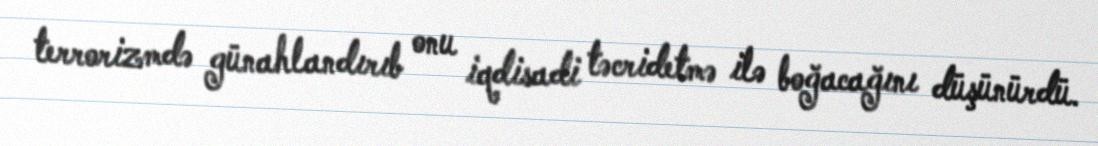
terrorizmdə günahlandırıb onu iqdisadi təcridetmə ilə boğacağını düşünürdü.